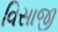
વિસાજી